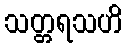
သတ္တရသဟိ